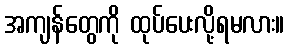
အကျန်တွေကို ထုပ်ပေးလို့ရမလား။